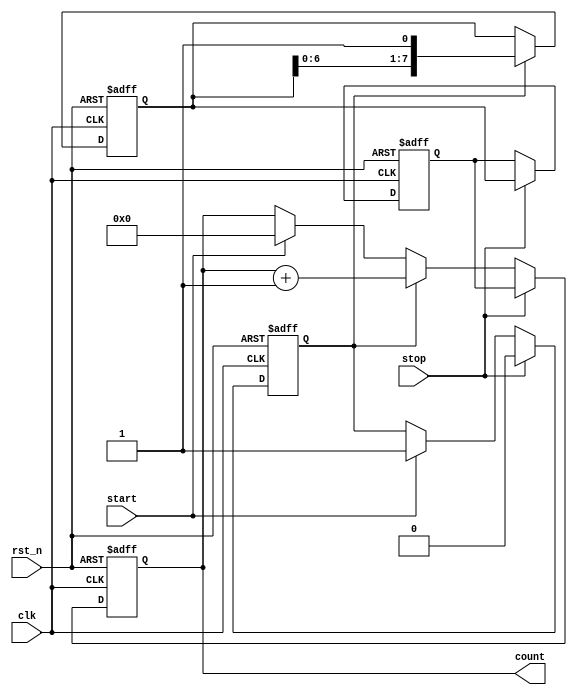
module TDC (
    input wire clk,          // Clock signal
    input wire rst_n,       // Active low reset
    input wire start,       // Start signal
    input wire stop,        // Stop signal
    output reg [N-1:0] count // Digital output (time interval)
);
    parameter N = 8;        // Number of delay elements (resolution)
    parameter DELAY_TIME = 1; // Delay time for each element (in clock cycles)

    reg [N-1:0] delay_line; // Delay line storage
    reg [N-1:0] sample;     // Sampled position
    reg counting;           // Counting flag
    integer i;

    // Delay line generation
    always @(posedge clk or negedge rst_n) begin
        if (!rst_n) begin
            delay_line <= 0;
        end else if (counting) begin
            // Shift the delay line
            delay_line <= {delay_line[N-2:0], 1'b1}; // Shift in a new '1' for each clock cycle
        end
    end

    // Control logic for counting
    always @(posedge clk or negedge rst_n) begin
        if (!rst_n) begin
            counting <= 0;
            count <= 0;
            sample <= 0;
        end else begin
            if (start) begin
                counting <= 1; // Start counting
                count <= 0;    // Reset count
            end
            if (counting) begin
                count <= count + 1; // Increment count
            end
            if (stop) begin
                counting <= 0; // Stop counting
                sample <= delay_line; // Sample the delay line
                count <= sample; // Store the sampled position as count
            end
        end
    end

endmodule